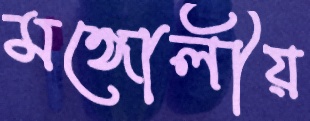
মঙ্গোলীয়